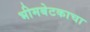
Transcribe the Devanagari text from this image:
भीमबेटकाचा